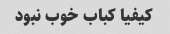
کیفیا کباب خوب نبود